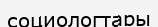
социологтары